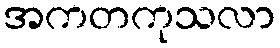
အကတကုသလာ